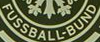
FUSSBALL-BUND